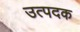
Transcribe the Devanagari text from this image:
उत्पदक